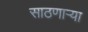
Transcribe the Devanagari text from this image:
साठणाऱ्या